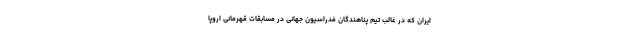
ایران که در غالب تیم پناهندگان فدراسیون جهانی در مسابقات قهرمانی اروپا